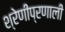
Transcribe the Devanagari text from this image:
श्रेणीप्रणाली